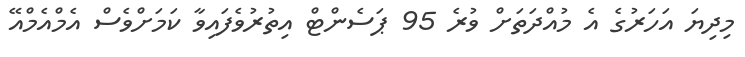
މިދިޔަ އަހަރުގެ އެ މުއްދަތަށް ވުރެ 95 ޕަސެންޓް އިތުރުވެފައިވާ ކަމަށްވެސް އެމްއެމްއޭ